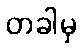
တခါမှ